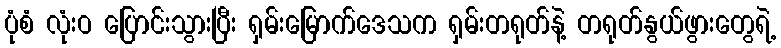
ပုံစံ လုံးဝ ပြောင်းသွားပြီး ရှမ်းမြောက်ဒေသက ရှမ်းတရုတ်နဲ့ တရုတ်နွယ်ဖွားတွေရဲ့